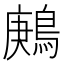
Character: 鶊